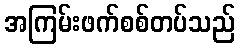
အကြမ်းဖက်စစ်တပ်သည်